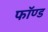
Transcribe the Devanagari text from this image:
फॉण्ड